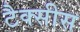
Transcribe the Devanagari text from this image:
टैक्सीस